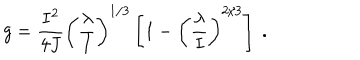
LaTeX: g = { \frac { I ^ { 2 } } { 4 J } } \left( { \frac { \lambda } { I } } \right) ^ { 1 / 3 } \left[ 1 - \left( \frac { \lambda } { I } \right) ^ { 2 / 3 } \right] \ .